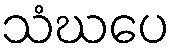
သံဃပေ